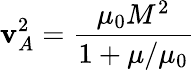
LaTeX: \mathbf{v}_{A}^{2}=\frac{{\mu_{0}M^{2}}}{{1+\mu/\mu_{0}}}